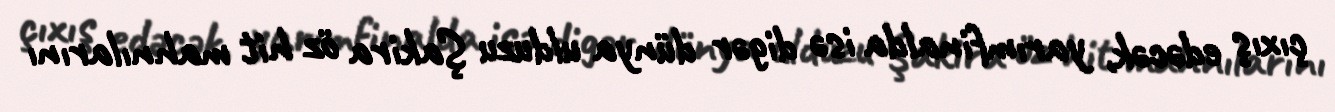
çıxış edəcək, yarımfinalda isə digər dünya ulduzu Şakira öz hit mahnılarını